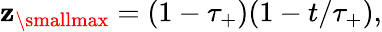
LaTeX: \mathbf{z}_{\mathrm{{\smallmax}}}=(1-\tau_{+})(1-t/\tau_{+}),